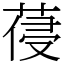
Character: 葠